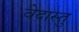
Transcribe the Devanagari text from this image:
वेदास्तु